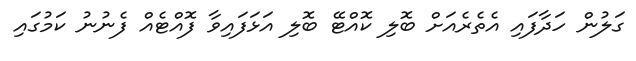
ގަލުން ހަދާފައި އެތެރެއަށް ބޮލި ކޮއްޓޭ ބޮލި އަޅަފައިވާ ފޮއްޓެއް ފެނުނު ކަމުގައި